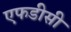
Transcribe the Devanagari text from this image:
एफडीसी